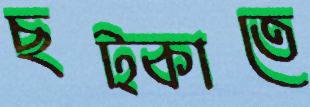
ছট্‌কাতে